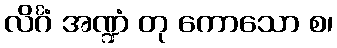
လိင်္ဂံ အဏ္ဍံ တု ကောသော စ၊